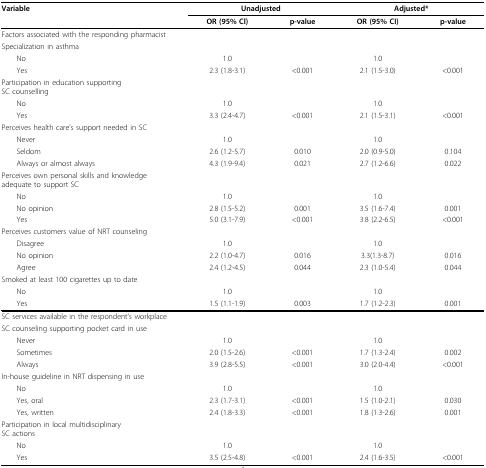
<table><thead><tr><td><b>Variable</b></td><td colspan="2"><b>Unadjusted</b></td><td colspan="2"><b>Adjusted*</b></td></tr><tr><td></td><td><b>OR (95% Cl)</b></td><td><b>p-value</b></td><td><b>OR (95% CI)</b></td><td><b>p-value</b></td></tr></thead><tbody><tr><td colspan="2">Factors associated with the responding pharmacist</td><td></td><td></td><td></td></tr><tr><td>Specialization in asthma</td><td></td><td></td><td></td><td></td></tr><tr><td> No</td><td>1.0</td><td></td><td>1.0</td><td></td></tr><tr><td> Yes</td><td>2.3 (1.8-3.1)</td><td>&lt;0.001</td><td>2.1 (1.5-3.0)</td><td>&lt;0.001</td></tr><tr><td colspan="2">Participation in education supportingSC counselling</td><td></td><td></td><td></td></tr><tr><td> No</td><td>1.0</td><td></td><td>1.0</td><td></td></tr><tr><td> Yes</td><td>3.3 (2.4-4.7)</td><td>&lt;0.001</td><td>2.1 (1.5-3.1)</td><td>&lt;0.001</td></tr><tr><td colspan="2">Perceives health care&#x27;s support needed in SC</td><td></td><td></td><td></td></tr><tr><td> Never</td><td>1.0</td><td></td><td>1.0</td><td></td></tr><tr><td> Seldom</td><td>2.6 (1.2-5.7)</td><td>0.010</td><td>2.0 (0.9-5.0)</td><td>0.104</td></tr><tr><td> Always or almost always</td><td>4.3 (1.9-9.4)</td><td>0.021</td><td>2.7 (1.2-6.6)</td><td>0.022</td></tr><tr><td colspan="3">Perceives own personal skills and knowledgeadequate to support SC</td><td></td><td></td></tr><tr><td> No</td><td>1.0</td><td></td><td>1.0</td><td></td></tr><tr><td> No opinion</td><td>2.8 (1.5-5.2)</td><td>0.001</td><td>3.5 (1.6-7.4)</td><td>0.001</td></tr><tr><td> Yes</td><td>5.0 (3.1-7.9)</td><td>&lt;0.001</td><td>3.8 (2.2-6.5)</td><td>&lt;0.001</td></tr><tr><td>Perceives customers value of NRT counseling</td><td></td><td></td><td></td><td></td></tr><tr><td> Disagree</td><td>1.0</td><td></td><td>1.0</td><td></td></tr><tr><td> No opinion</td><td>2.2 (1.0-4.7)</td><td>0.016</td><td>3.3(1.3-8.7)</td><td>0.016</td></tr><tr><td> Agree</td><td>2.4 (1.2-4.5)</td><td>0.044</td><td>2.3 (1.0-5.4)</td><td>0.044</td></tr><tr><td>Smoked at least 100 cigarettes up to date</td><td></td><td></td><td></td><td></td></tr><tr><td> No</td><td>1.0</td><td></td><td>1.0</td><td></td></tr><tr><td> Yes</td><td>1.5 (1.1-1.9)</td><td>0.003</td><td>1.7 (1.2-2.3)</td><td>0.001</td></tr><tr><td colspan="2">SC services available in the respondent&#x27;s workplace</td><td></td><td></td><td></td></tr><tr><td colspan="2">SC counseling supporting pocket card in use</td><td></td><td></td><td></td></tr><tr><td> Never</td><td>1.0</td><td></td><td>1.0</td><td></td></tr><tr><td> Sometimes</td><td>2.0 (1.5-2.6)</td><td>&lt;0.001</td><td>1.7 (1.3-2.4)</td><td>0.002</td></tr><tr><td> Always</td><td>3.9 (2.8-5.5)</td><td>&lt;0.001</td><td>3.0 (2.0-4.4)</td><td>&lt;0.001</td></tr><tr><td colspan="2">In-house guideline in NRT dispensing in use</td><td></td><td></td><td></td></tr><tr><td> No</td><td>1.0</td><td></td><td>1.0</td><td></td></tr><tr><td> Yes, oral</td><td>2.3 (1.7-3.1)</td><td>&lt;0.001</td><td>1.5 (1.0-2.1)</td><td>0.030</td></tr><tr><td> Yes, written</td><td>2.4 (1.8-3.3)</td><td>&lt;0.001</td><td>1.8 (1.3-2.6)</td><td>0.001</td></tr><tr><td colspan="2">Participation in local multidisciplinarySC actions</td><td></td><td></td><td></td></tr><tr><td> No</td><td>1.0</td><td></td><td>1.0</td><td></td></tr><tr><td> Yes</td><td>3.5 (2.5-4.8)</td><td>&lt;0.001</td><td>2.4 (1.6-3.5)</td><td>&lt;0.001</td></tr></tbody></table>